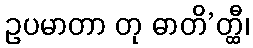
ဥပမာတာ တု ဓာတိ’တ္ထီ၊